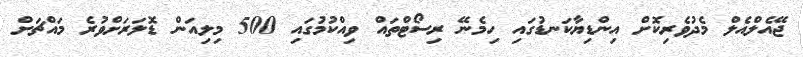
ޖޭއެލްއެލް މެދުވެރިކޮށް އިންޑިޔާކަނޑުގައި ހިމެނޭ ރިސޯޓްތައް ވިއްކުމުގައި 500 މިލިއަން ޑޮލަރަށްވުރެ މައްޗަށް